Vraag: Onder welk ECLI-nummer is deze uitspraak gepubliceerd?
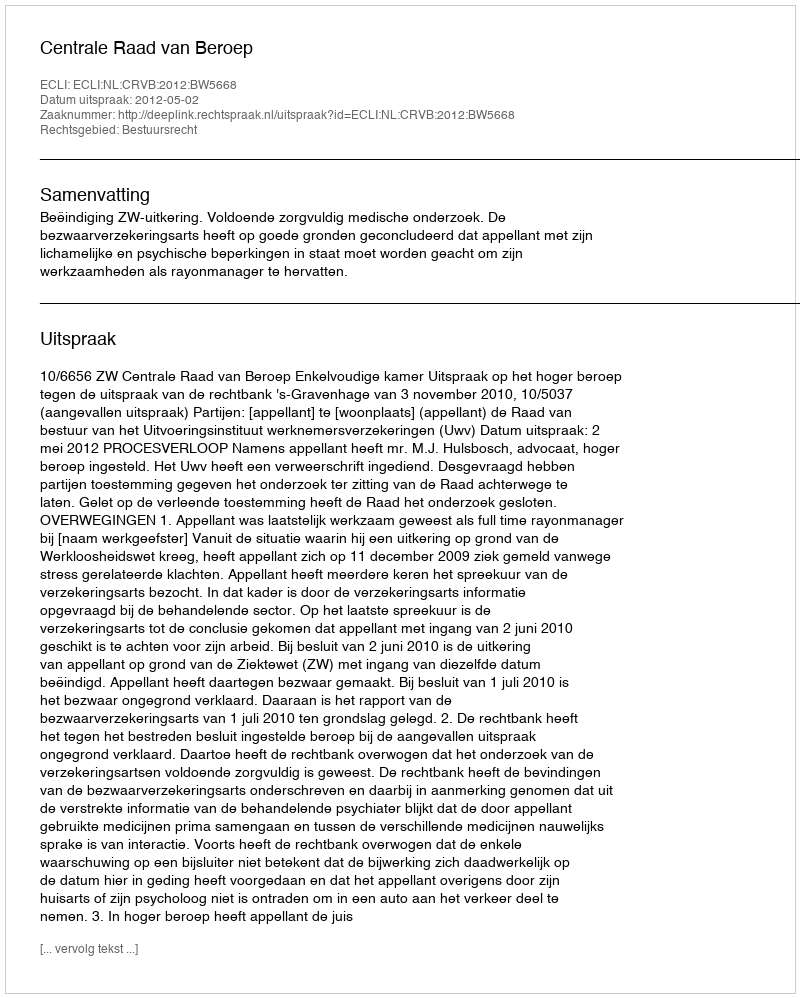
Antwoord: ECLI:NL:CRVB:2012:BW5668